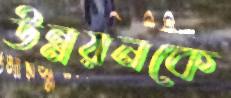
উন্নয়নকে